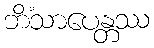
ဘိံသာပေန္တဿ